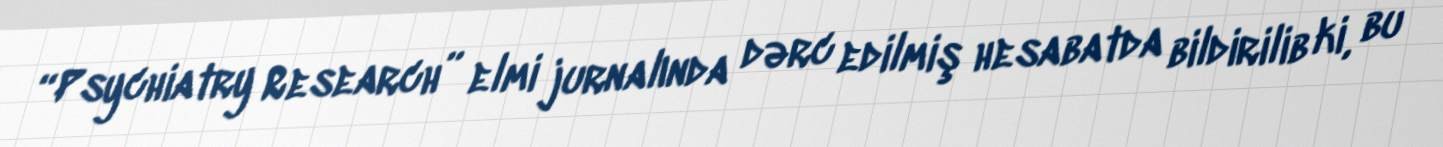
“Psychiatry Research” elmi jurnalında dərc edilmiş hesabatda bildirilib ki, bu